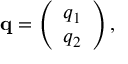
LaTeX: { \bf q } = \left( \begin{array} { c } { { q _ { 1 } } } \\ { { q _ { 2 } } } \end{array} \right) ,